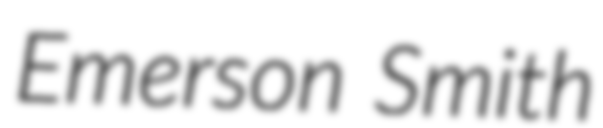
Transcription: Emerson Smith